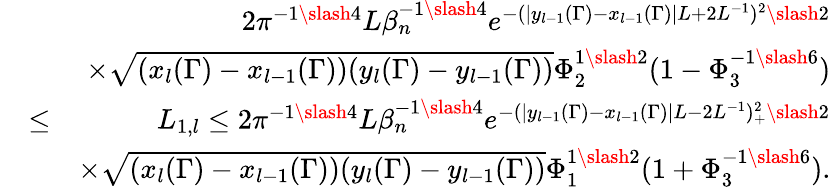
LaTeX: \begin{array}{rlr}&{}&{2\pi^{-1\slash 4}L\beta_{n}^{-1\slash 4}e^{-(|y_{l-1}(\Gamma)-x_{l-1}(\Gamma)|L+2L^{-1})^{2}\slash 2}}\\ &{}&{\times\sqrt{(x_{l}(\Gamma)-x_{l-1}(\Gamma))(y_{l}(\Gamma)-y_{l-1}(\Gamma))}\Phi_{2}^{1\slash 2}(1-\Phi_{3}^{-1\slash 6})}\\ &{\leq}&{L_{1,l}\leq 2\pi^{-1\slash 4}L\beta_{n}^{-1\slash 4}e^{-(|y_{l-1}(\Gamma)-x_{l-1}(\Gamma)|L-2L^{-1})_{+}^{2}\slash 2}}\\ &{}&{\times\sqrt{(x_{l}(\Gamma)-x_{l-1}(\Gamma))(y_{l}(\Gamma)-y_{l-1}(\Gamma))}\Phi_{1}^{1\slash 2}(1+\Phi_{3}^{-1\slash 6}).}\end{array}